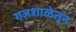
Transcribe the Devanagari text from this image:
गजशाळेतून